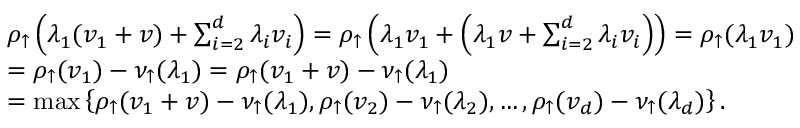
\begin{array} { r l } & { \rho _ { \uparrow } \left( \lambda _ { 1 } ( v _ { 1 } + v ) + \sum _ { i = 2 } ^ { d } \lambda _ { i } v _ { i } \right) = \rho _ { \uparrow } \left( \lambda _ { 1 } v _ { 1 } + \left( \lambda _ { 1 } v + \sum _ { i = 2 } ^ { d } \lambda _ { i } v _ { i } \right) \right) = \rho _ { \uparrow } ( \lambda _ { 1 } v _ { 1 } ) } \\ & { = \rho _ { \uparrow } ( v _ { 1 } ) - \nu _ { \uparrow } ( \lambda _ { 1 } ) = \rho _ { \uparrow } ( v _ { 1 } + v ) - \nu _ { \uparrow } ( \lambda _ { 1 } ) } \\ & { = \operatorname* { m a x } \left\{ \rho _ { \uparrow } ( v _ { 1 } + v ) - \nu _ { \uparrow } ( \lambda _ { 1 } ) , \rho _ { \uparrow } ( v _ { 2 } ) - \nu _ { \uparrow } ( \lambda _ { 2 } ) , \ldots , \rho _ { \uparrow } ( v _ { d } ) - \nu _ { \uparrow } ( \lambda _ { d } ) \right\} . } \end{array}